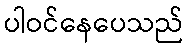
ပါဝင်နေပေသည်